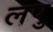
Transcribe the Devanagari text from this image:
लषु